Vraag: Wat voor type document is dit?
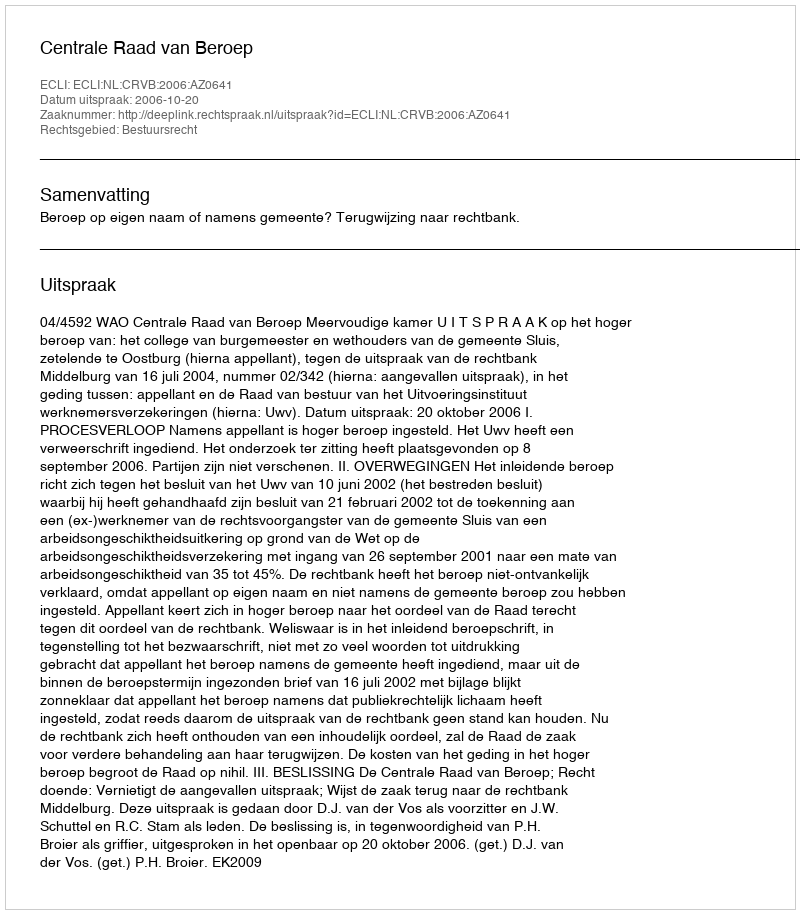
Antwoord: Uitspraak